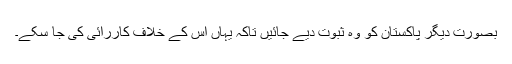
بصورت دیگر پاکستان کو وہ ثبوت دیے جائیں تاکہ یہاں اس کے خلاف کاررائی کی جا سکے۔